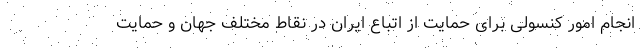
انجام امور کنسولی برای حمایت از اتباع ایران در نقاط مختلف جهان و حمایت